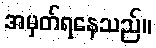
အမှတ်ရနေသည်။